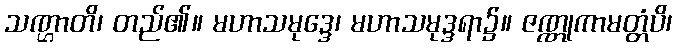
သဏ္ဌာတိ၊ တည်၏။ မဟာသမုဒ္ဒေ၊ မဟာသမုဒ္ဒရာ၌။ ဇဏ္ဏုကာမတ္တံပိ၊